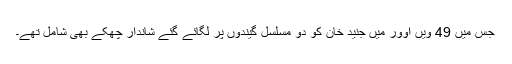
جس میں 49 ویں اوور میں جنید خان کو دو مسلسل گیندوں پر لگائے گئے شاندار چھکے بھی شامل تھے۔